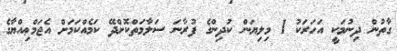
ގާތުން ދިނުމަކީ އަހަރަކު 1 މިލިޔަން ކުދިންގެ ފުރާނަ ސަލާމަތްކޮށްދޭ ކަމެއްކަމަށް އެޖަމްޢިއްޔާގެ